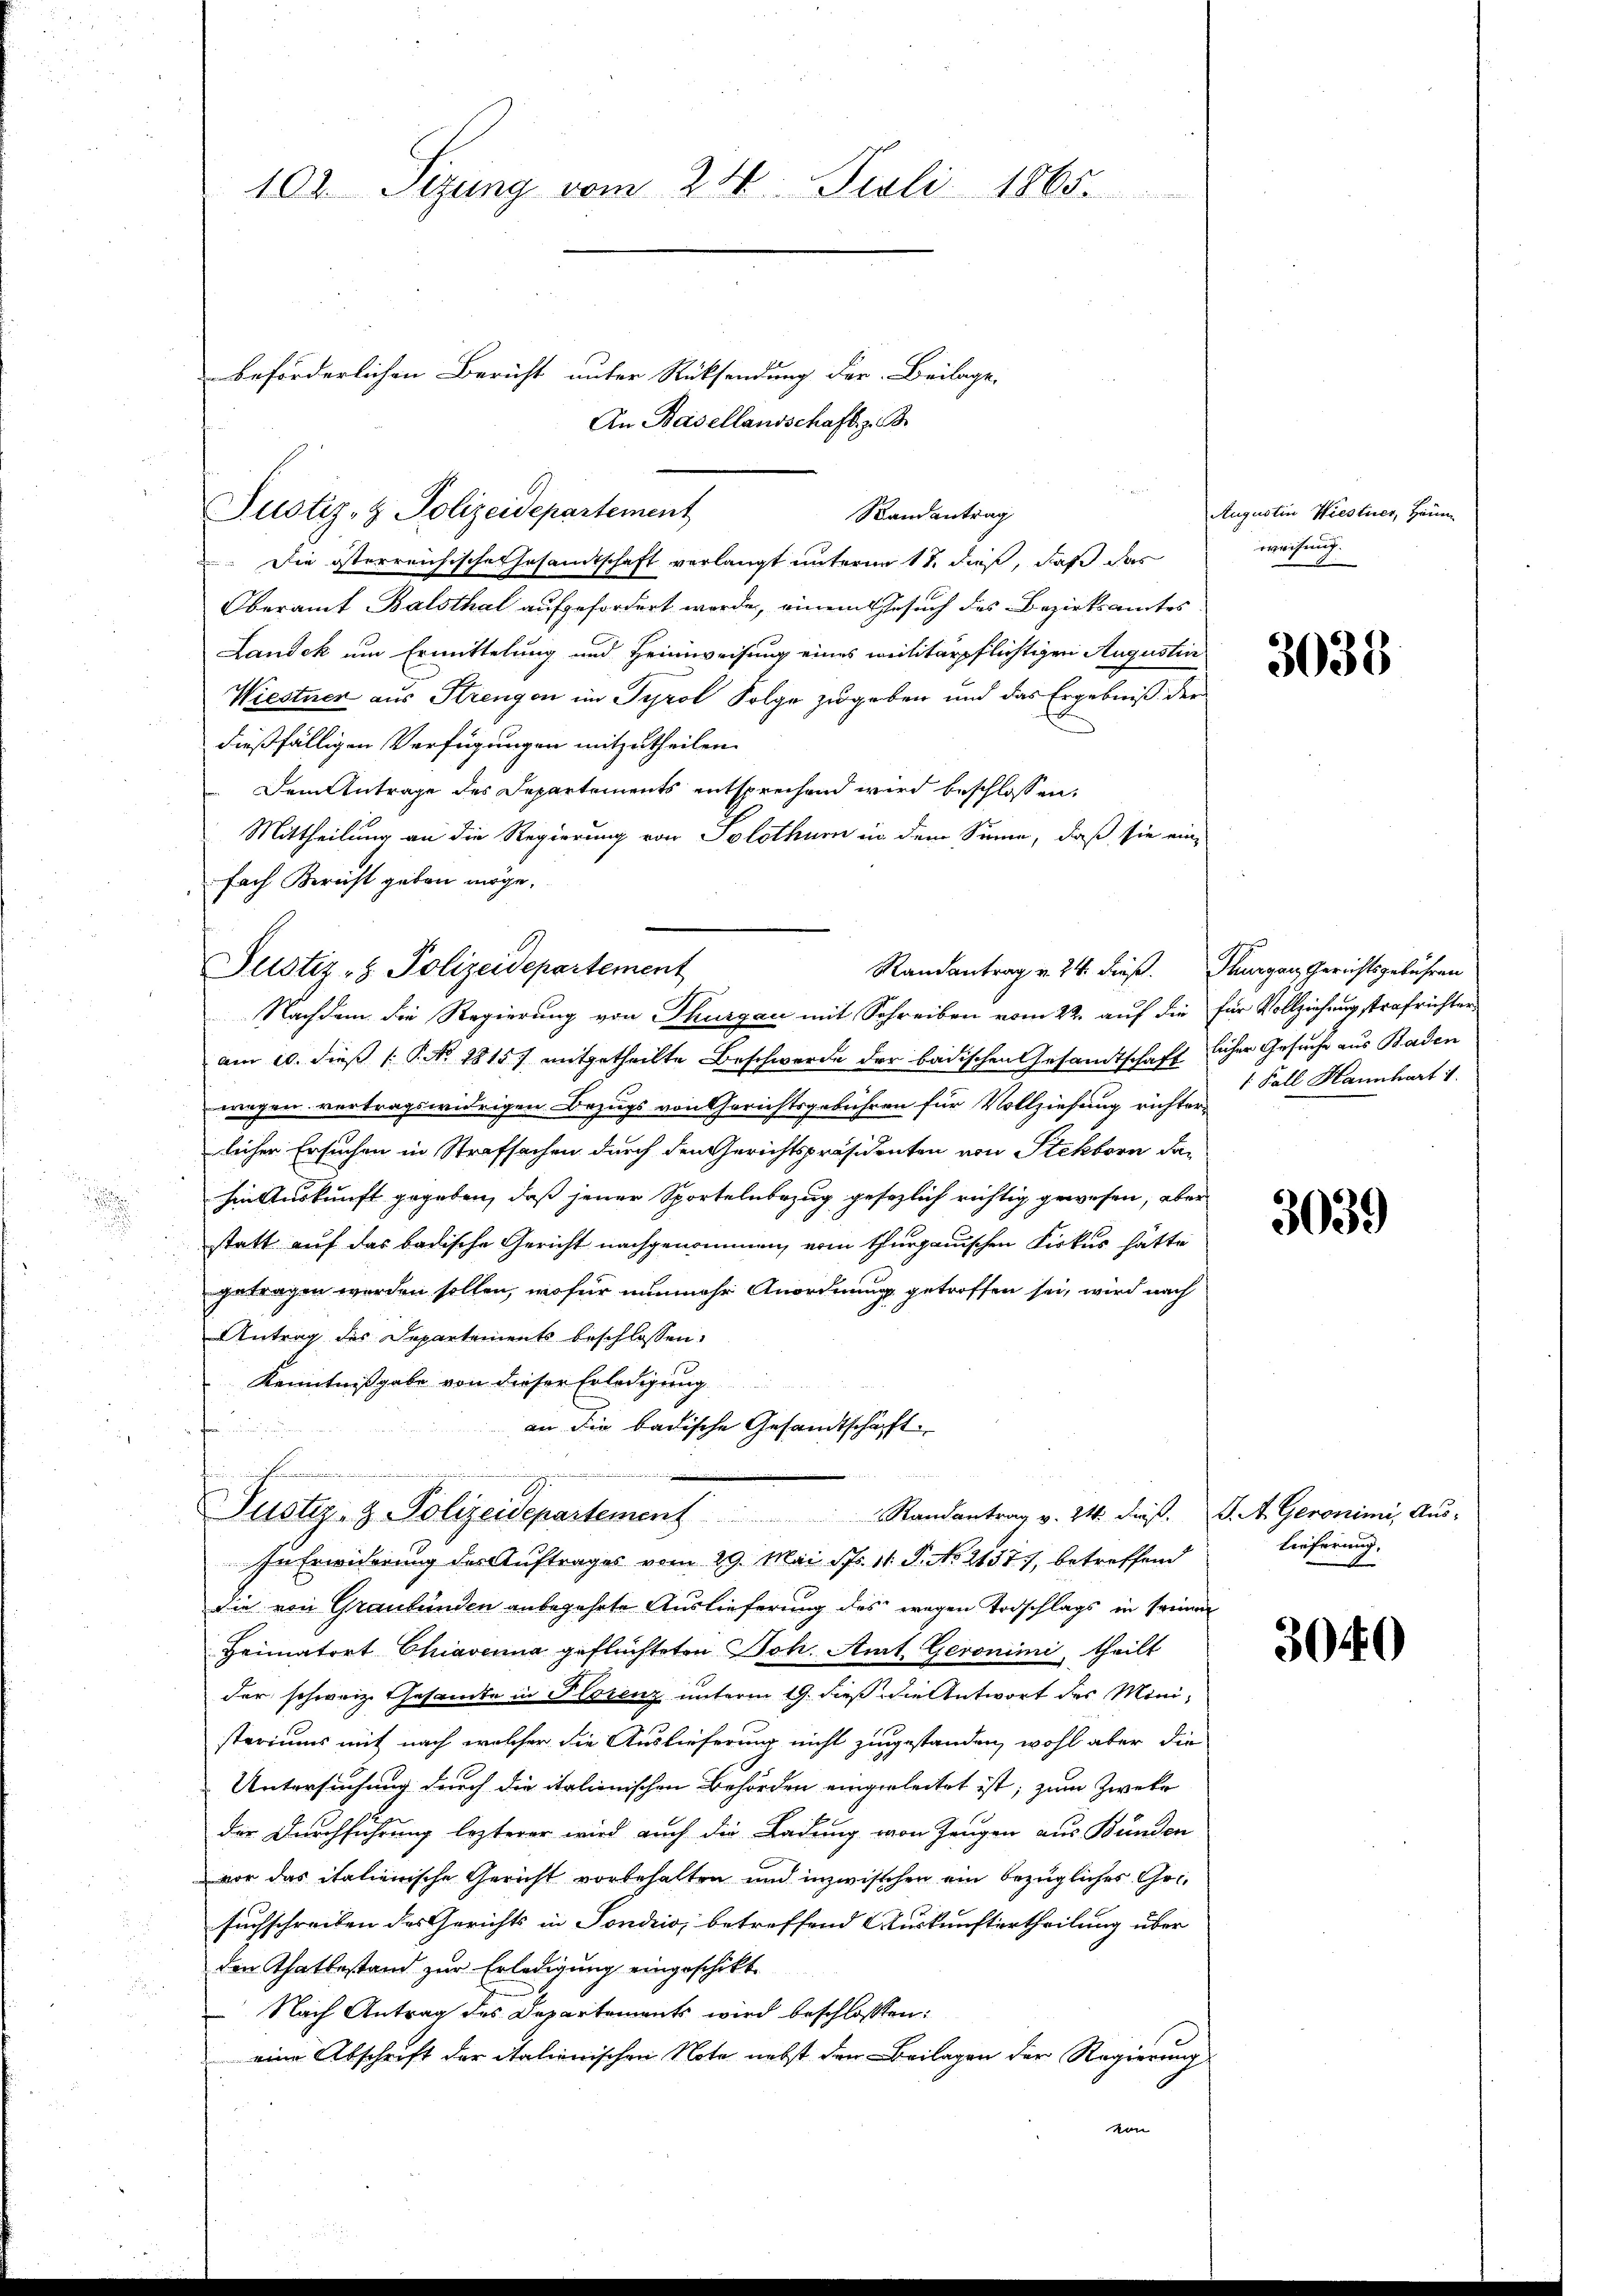
i

Die österreichische Gesamtschaft verlangt unterm 11. dieß, daß das
Oberamt Balsthal aufgefordert werde, einem Gesuch des Bezirksamtes
Landek um Ermittelung und Heimweisung eines Militärpflichtigen Augustie
Wiestner aus Strengen im Tyrol Folge zugeben und das Ergebniß der
dießfälligen Verfügungen mitzutheilen.
Dem Antrage des Departements entsprechend wird beschlossen,
Mittheilung an die Regierung von Solothurn in dem Sinne, daß sie ein-
fach Bericht geben möge.
am 10. dieß P. No. 1815 mitgetheilte Beschwerde der badischen Gesandtschaftlicher Gesuche aus Baden
wegen vertragswidrigen Bezugs von Gerichtsgebühren für Vollziehung richter-
leicher Ersuchen in Strafsachen durch den Gerichtspräsidenten von Stekborn dahin Auskunft gegeben, daß jener Sportelnbezug gesezlich richtig gewesen, aber
statt auf das badische Gericht nachgenommen, von Thurgauischen Kirkus hätte
getragen werden sollen, wofür nunmehr Anordnung getroffen sei, wird nach
Antrag des Departements beschlossen:
Kenntnißgabe von dieser Erledigung
an die badische Gesandtschaft

 des Be
Justiz- & Polizeidepartement Randantrag v. 24. dies. S. A. Geronimi, Aŭs-
In Erwiderung des Auftrages vom 29. Mai d. 11. P. No 2137), betreffend
die von Graubünden anbegehrte Auslieferung des wegen Todschlags in Freinen
Heimatort Chiavanna geflüchteten Joh. Amt. Geronimi, theilt
der schweiz. Gesamte in Florenz unterm 19. dieß die Antwort des Mini-
steriums mit nach welcher die Auslieferung nicht zugestanden, wohl aber die
Untersuchung durch die italienischen Behörden eingerleitet ist; zum Zweke
der Durchführung lezterer wird auch die Ladung von Zeugen aus Bunden
vor das italienische Gericht vorbehalten und inzwischen ein bezügliches Gesuchschreiben des Gerichts in Sondrio, betreffend Auskunftertheilung über
den Thatbestand zur Erledigung eingeschikt.
 Nach Antrag des Departements wird beschlossen:
eine Abschrift der italienischen Note nebst den Beilagen der Regierung
von

102 Sizung vom 24. Juli 1865.

beförderlichen Bericht unter Rücksendung der Beilage.
Justiz- & Polizeidepartement
Randantrag

Justiz- & Polizeidepartement

An Basellandschaft z. B.

Randantrag v. 24. dieß. Thurgau, Gerichtsgebühren
Nachdem die Regierung von Thurgau mit Schreiben vom 22. auf die für Vollziehungstrafrichter

Augustin Wiestner, Heum
weisung.

3038

1. Fall Hannhart 1.

3039

Lieferung.

3040